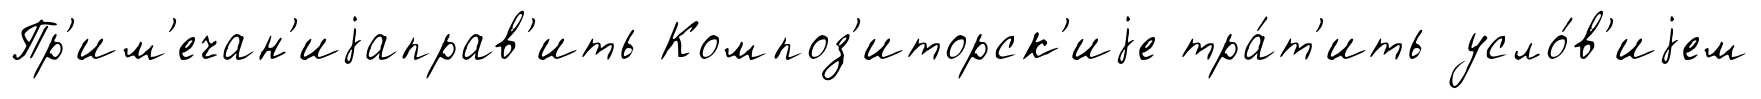
Пр'им'ечан'иjаправ'ить Композ'иторск'иjе тра́т'ить усло́в'иjем